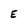
Character: E